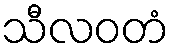
သီလဝတံ